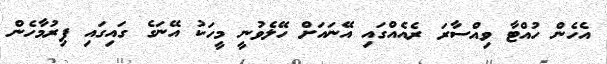
އެހެން ހުއްޓާ ވިއްސާރަ ރެއެއްގައި އޭނައަށް ހޭލެވުނީ މީހަކު އޭނަގެ ގައިގައި ފިރުމާހެން